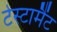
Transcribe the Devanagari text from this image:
टेस्टामैंट